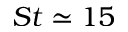
S t \simeq 1 5